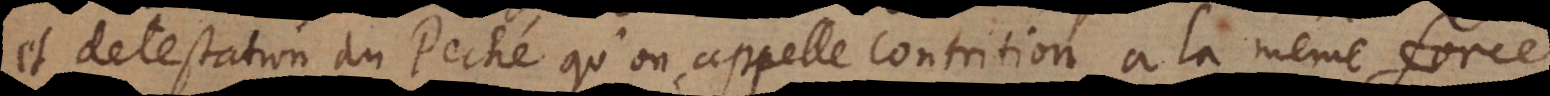
testation du Peché qu’on appelle contrition, a la même force.